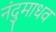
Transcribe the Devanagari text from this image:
नंदुमाधव